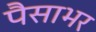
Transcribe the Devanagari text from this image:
पैसाभर